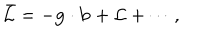
\bar { \cal L } = - { \bf g } \cdot { \bf b } + { \cal L } + \cdots ,